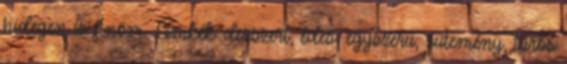
hidegen is finom. Címkék: desszert, édes, egyszerű, sütemény, túrós